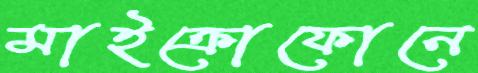
মাইক্রোফোনে